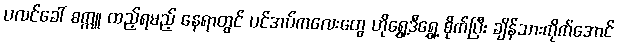
ပလင်ခေါ် စက္ကူ ထည့်ရမည့် နေရာတွင် ပင်အပ်ကလေးတွေ ဟိုရွှေ့ဒီရွှေ့ စိုက်ပြီး ချိန်သားကိုက်အောင်